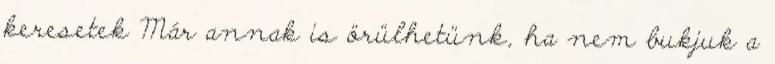
keresetek Már annak is örülhetünk, ha nem bukjuk a